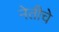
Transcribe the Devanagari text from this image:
नेतीचे